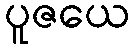
ပူဇယေ